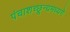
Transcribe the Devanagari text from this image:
पंचाशच्छून्यमध्यगे